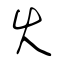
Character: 火